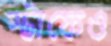
স্টাফেও